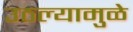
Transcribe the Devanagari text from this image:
उठल्यामुळे